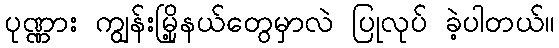
ပုဏ္ဏား ကျွန်းမြို့နယ်တွေမှာလဲ ပြုလုပ် ခဲ့ပါတယ်။